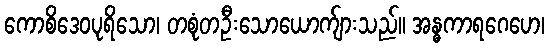
ကောစိဒေဝပုရိသော၊ တစုံတဦးသောယောက်ျားသည်။ အန္ဓကာရဂေဟေ၊